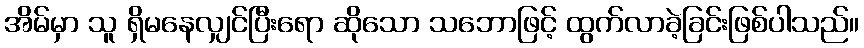
အိမ်မှာ သူ ရှိမနေလျှင်ပြီးရော ဆိုသော သဘောဖြင့် ထွက်လာခဲ့ခြင်းဖြစ်ပါသည်။